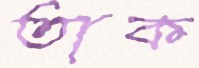
তাক